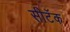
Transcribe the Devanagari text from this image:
सीटॅक